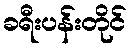
ခရီးပန်းတိုင်